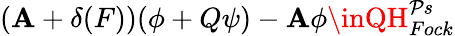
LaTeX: (\mathbf{A}+\delta(F))(\phi+Q\psi)-\mathbf{A}\phi\inQH_{Fock}^{\mathcal{P}s}